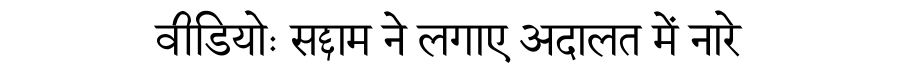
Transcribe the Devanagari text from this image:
वीडियोः सद्दाम ने लगाए अदालत में नारे